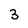
Character: 3